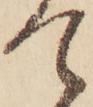
て